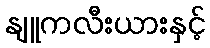
နျူကလီးယားနှင့်